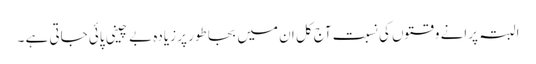
البتہ پرانے وقتوں کی نسبت آج کل ان میں بجا طور پر زیادہ بے چینی پائی جاتی ہے ۔